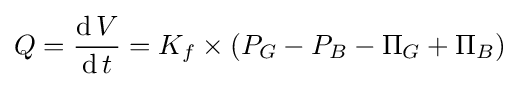
Q={\operatorname {d} V \over \operatorname {d} t}=K_{f}\times (P_{G}-P_{B}-\Pi _{G}+\Pi _{B})